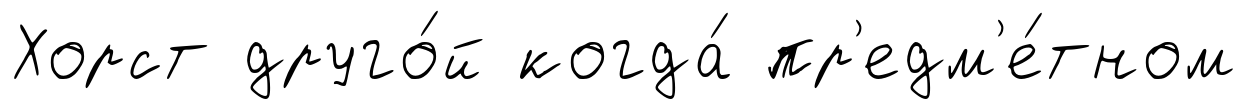
Хорст друго́й когда́ пр'едм'е́тном